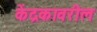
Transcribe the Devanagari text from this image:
केंद्रकावरील